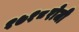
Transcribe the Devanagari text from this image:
१७१८रोजी